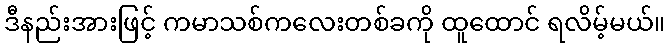
ဒီနည်းအားဖြင့် ကမာသစ်ကလေးတစ်ခကို ထူထောင် ရလိမ့်မယ်။